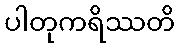
ပါတုကရိဿတိ